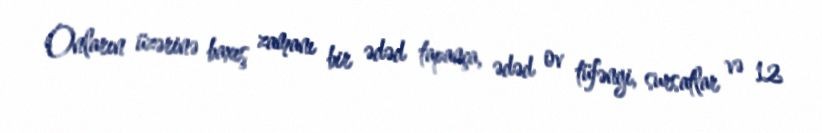
Onların üzərinə baxış zamanı bir ədəd tapança, ədəd ov tüfəngi, sursatlar və 12